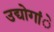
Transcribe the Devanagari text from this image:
उद्योगांे